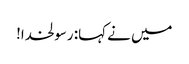
میں نے کہا: رسولخدا!